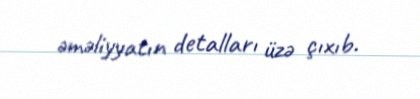
əməliyyatın detalları üzə çıxıb.